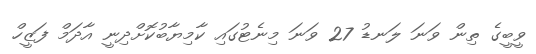
ވީބީގެ ތިން ވަނަ ލަނޑު 27 ވަނަ މިނެޓުގައި ކާމިޔާބުކޮށްދިނީ އާދަމް ފަޒީހް